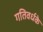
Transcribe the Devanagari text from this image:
गतिवर्धके